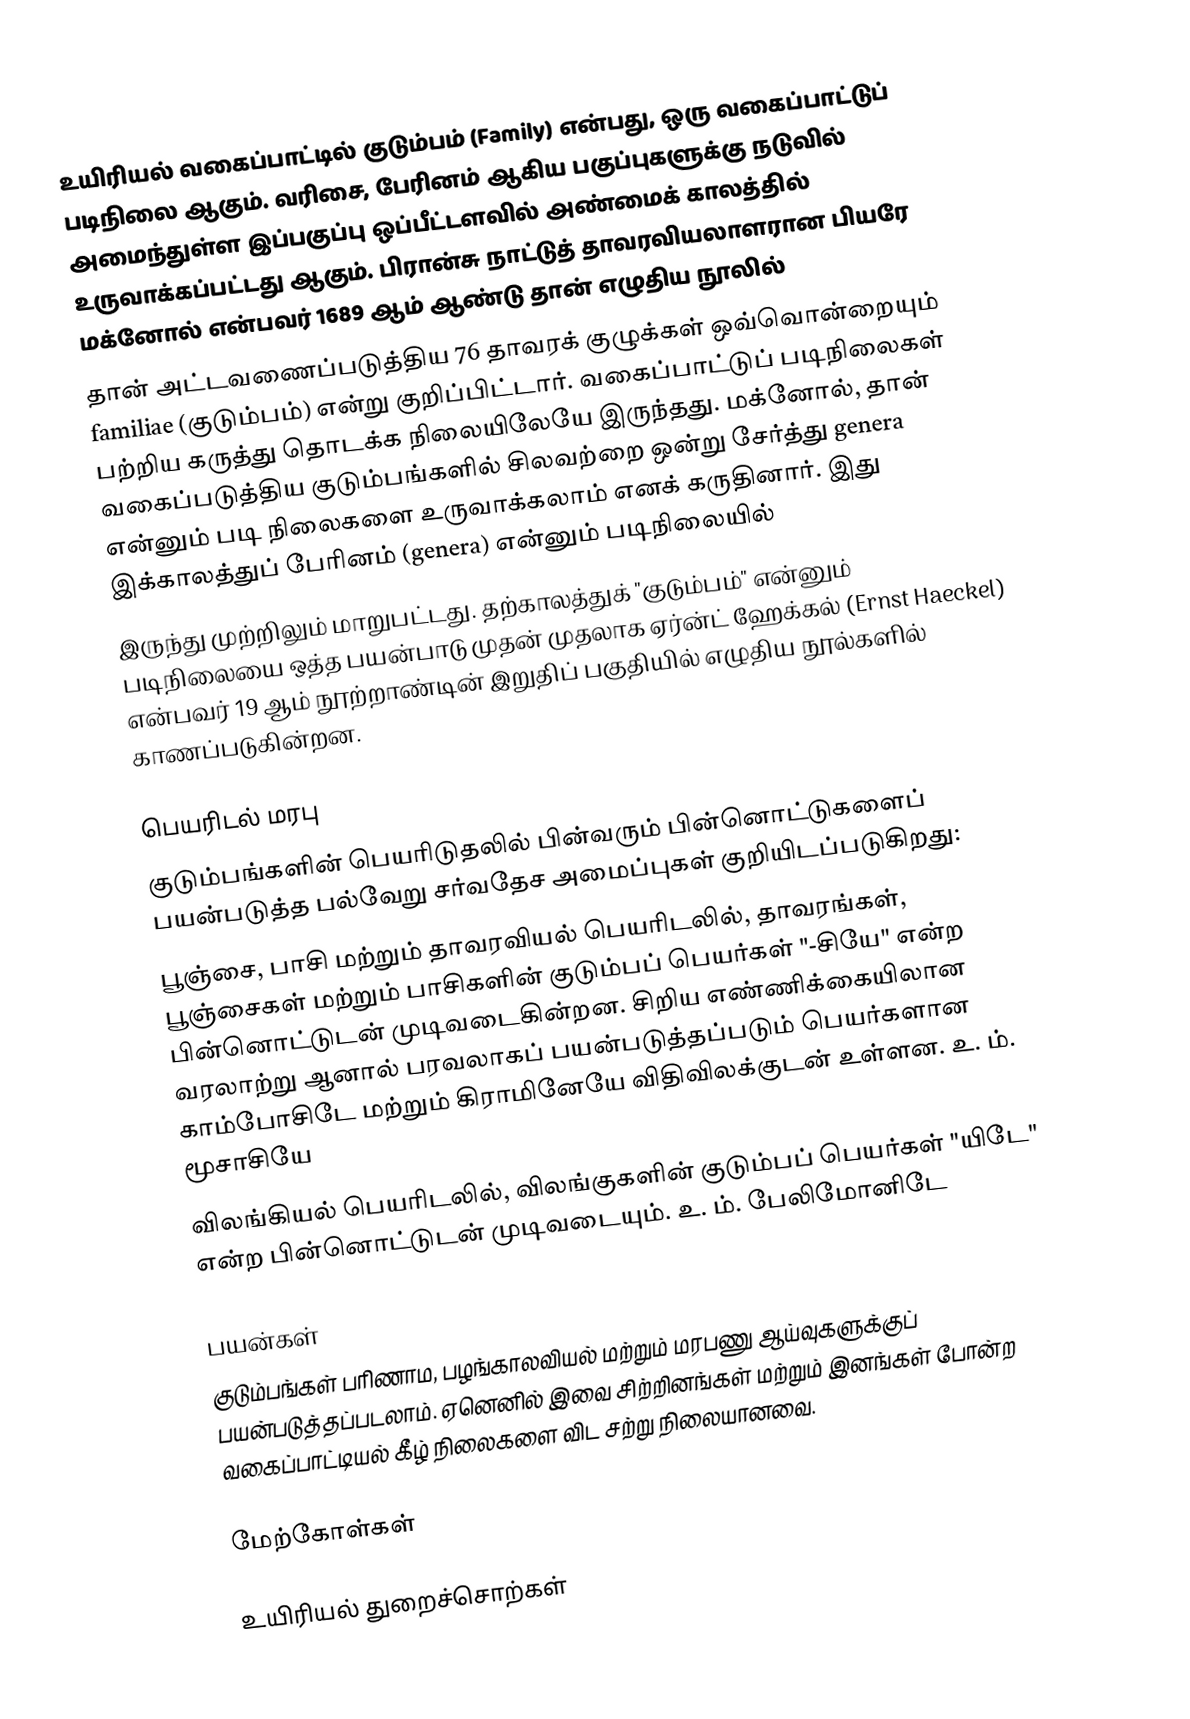
உயிரியல் வகைப்பாட்டில் குடும்பம் (Family) என்பது, ஒரு வகைப்பாட்டுப் படிநிலை ஆகும். வரிசை, பேரினம் ஆகிய பகுப்புகளுக்கு நடுவில் அமைந்துள்ள இப்பகுப்பு ஒப்பீட்டளவில் அண்மைக் காலத்தில் உருவாக்கப்பட்டது ஆகும். பிரான்சு நாட்டுத் தாவரவியலாளரான பியரே மக்னோல் என்பவர் 1689 ஆம் ஆண்டு தான் எழுதிய நூலில்
தான் அட்டவணைப்படுத்திய 76 தாவரக் குழுக்கள் ஒவ்வொன்றையும் familiae (குடும்பம்) என்று குறிப்பிட்டார். வகைப்பாட்டுப் படிநிலைகள் பற்றிய கருத்து தொடக்க நிலையிலேயே இருந்தது. மக்னோல், தான் வகைப்படுத்திய குடும்பங்களில் சிலவற்றை ஒன்று சேர்த்து genera என்னும் படி நிலைகளை உருவாக்கலாம் எனக் கருதினார். இது இக்காலத்துப் பேரினம் (genera) என்னும் படிநிலையில்
இருந்து முற்றிலும் மாறுபட்டது. தற்காலத்துக் "குடும்பம்" என்னும் படிநிலையை ஒத்த பயன்பாடு முதன் முதலாக ஏர்ன்ட் ஹேக்கல் (Ernst Haeckel) என்பவர் 19 ஆம் நூற்றாண்டின் இறுதிப் பகுதியில் எழுதிய நூல்களில் காணப்படுகின்றன.

பெயரிடல் மரபு
குடும்பங்களின் பெயரிடுதலில் பின்வரும் பின்னொட்டுகளைப் பயன்படுத்த பல்வேறு சர்வதேச அமைப்புகள் குறியிடப்படுகிறது:
 பூஞ்சை, பாசி மற்றும் தாவரவியல் பெயரிடலில், தாவரங்கள், பூஞ்சைகள் மற்றும் பாசிகளின் குடும்பப் பெயர்கள் "-சியே" என்ற பின்னொட்டுடன் முடிவடைகின்றன. சிறிய எண்ணிக்கையிலான வரலாற்று ஆனால் பரவலாகப் பயன்படுத்தப்படும் பெயர்களான காம்போசிடே மற்றும் கிராமினேயே விதிவிலக்குடன் உள்ளன. உ. ம். மூசாசியே
 விலங்கியல் பெயரிடலில், விலங்குகளின் குடும்பப் பெயர்கள் "யிடே" என்ற பின்னொட்டுடன் முடிவடையும். உ. ம். பேலிமோனிடே

பயன்கள்
குடும்பங்கள் பரிணாம, பழங்காலவியல் மற்றும் மரபணு ஆய்வுகளுக்குப் பயன்படுத்தப்படலாம். ஏனெனில் இவை சிற்றினங்கள் மற்றும் இனங்கள் போன்ற வகைப்பாட்டியல் கீழ் நிலைகளை விட சற்று நிலையானவை.

மேற்கோள்கள்

உயிரியல் துறைச்சொற்கள்